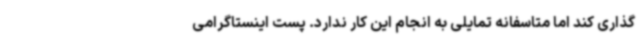
گذاری کند اما متاسفانه تمایلی به انجام این کار ندارد. پست اینستاگرامی